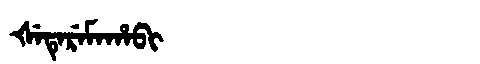
Manchu: ᡧᡝᡨᡝᡵᡝᠮᠠᡥᠠᠪᡳ
Romanization: ŠETEREMAHABI